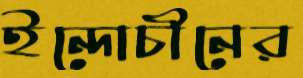
ইন্দোচীনের